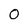
Character: 0